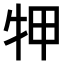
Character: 𤙇